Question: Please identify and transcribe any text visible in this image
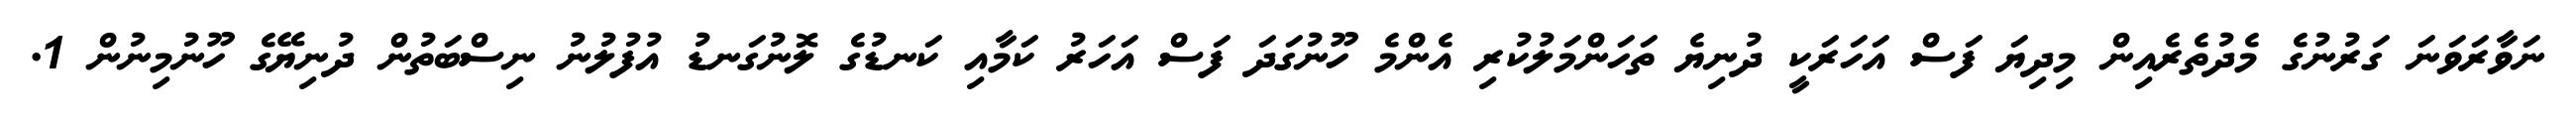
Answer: ނަވާރަވަނަ ގަރުނުގެ މެދުތެރެއިން މިދިޔަ ފަސް އަހަރަކީ ދުނިޔެ ތަހަންމަލުކުރި އެންމެ ހޫނުގަދަ ފަސް އަހަރު ކަމާއި ކަނޑުގެ ލޮނުގަނޑު އުފުލުނު ނިސްބަތުން ދުނިޔޭގެ ހޫނުމިނުން 1.